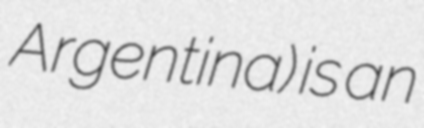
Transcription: Argentina) is an